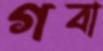
গবা